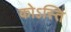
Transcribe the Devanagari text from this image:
कोऽस्ति